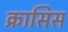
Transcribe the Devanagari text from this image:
क्रासिस